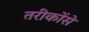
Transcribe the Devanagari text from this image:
तरीकोंसे